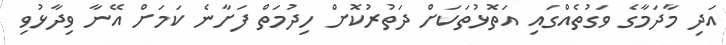
އަދި މާދަމާގެ ވަގުތެއްގައި އަތޮޅުތަކަށް ދަތުރުކޮށް ހިދުމަތް ފަށާނެ ކަމަށް އޭނާ ވިދާޅުވި